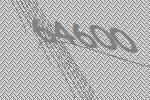
64600